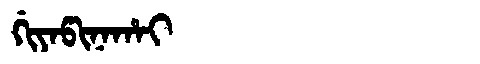
Manchu: ᡤᡳᠶᠠᡦᡳᠨᠠᡥᠠᡳ
Romanization: GIYAPINAHAI